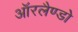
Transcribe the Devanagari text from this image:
ऑरलैण्डो